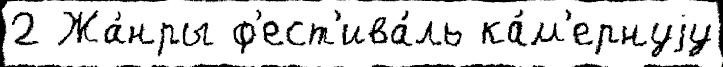
2 Жа́нры ф'ест'ива́ль ка́м'ернуjу